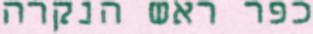
כפר ראש הנקרה